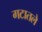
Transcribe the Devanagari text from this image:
गटातले